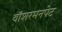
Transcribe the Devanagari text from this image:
वॉशरमनपेट